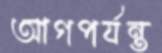
আগপর্যন্ত